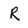
Character: R